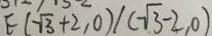
E ( \sqrt { 3 } + 2 , 0 ) / ( \sqrt { 3 } - 2 , 0 )